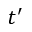
t ^ { \prime }